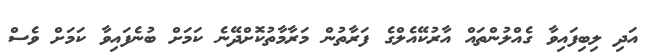
އަދި ލިބިފައިވާ ގެއްލުންތައް އާރުކޭއެލްގެ ފަރާތުން މަރާމާތުކޮށްދޭނެ ކަމަށް ބުނެފައިވާ ކަމަށް ވެސް